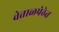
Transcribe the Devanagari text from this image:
वेताळपेठेत